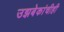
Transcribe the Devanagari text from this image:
उझबेकांचीही